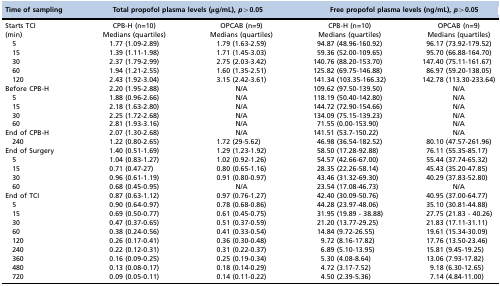
<table><thead><tr><td><b>Time of sampling</b></td><td colspan="2"><b>Total propofol plasma levels (μg/mL), <i>p</i>&gt;0.05</b></td><td colspan="2"><b>Free propofol plasma levels (ng/mL), <i>p</i>&gt;0.05</b></td></tr></thead><tbody><tr><td>Starts TCI</td><td>CPB-H (n=10)</td><td>OPCAB (n=9)</td><td>CPB-H (n=10)</td><td>OPCAB (n=9)</td></tr><tr><td>(min)</td><td>Medians (quartiles)</td><td>Medians (quartiles)</td><td>Medians (quartiles)</td><td>Medians (quartiles)</td></tr><tr><td> 5</td><td>1.77 (1.09-2.89)</td><td>1.79 (1.63-2.59)</td><td>94.87 (48.96-160.92)</td><td>96.17 (73.92-179.52)</td></tr><tr><td> 15</td><td>1.39 (1.11-1.98)</td><td>1.71 (1.45-3.03)</td><td>59.36 (52.00-109.65)</td><td>95.70 (66.88-164.70)</td></tr><tr><td> 30</td><td>2.37 (1.79-2.99)</td><td>2.75 (2.03-3.42)</td><td>140.76 (88.20-153.70)</td><td>147.40 (75.11-161.67)</td></tr><tr><td> 60</td><td>1.94 (1.21-2.55)</td><td>1.60 (1.35-2.51)</td><td>125.82 (69.75-146.88)</td><td>86.97 (59.20-138.05)</td></tr><tr><td> 120</td><td>2.43 (1.92-3.04)</td><td>3.15 (2.42-3.61)</td><td>141.34 (103.35-166.32)</td><td>142.78 (113.30-233.64)</td></tr><tr><td>Before CPB-H</td><td>2.20 (1.95-2.88)</td><td>N/A</td><td>109.62 (97.50-139.50)</td><td>N/A</td></tr><tr><td> 5</td><td>1.88 (0.96-2.66)</td><td>N/A</td><td>118.19 (50.40-142.80)</td><td>N/A</td></tr><tr><td> 15</td><td>2.18 (1.63-2.80)</td><td>N/A</td><td>144.72 (72.90-154.66)</td><td>N/A</td></tr><tr><td> 30</td><td>2.25 (1.72-2.68)</td><td>N/A</td><td>134.09 (75.15-139.23)</td><td>N/A</td></tr><tr><td> 60</td><td>2.81 (1.93-3.16)</td><td>N/A</td><td>71.55 (0.00-153.90)</td><td>N/A</td></tr><tr><td>End of CPB-H</td><td>2.07 (1.30-2.68)</td><td>N/A</td><td>141.51 (53.7-150.22)</td><td>N/A</td></tr><tr><td> 240</td><td>1.22 (0.80-2.65)</td><td>1.72 (29-5.62)</td><td>46.98 (36.54-182.52)</td><td>80.10 (47.57-261.96)</td></tr><tr><td>End of Surgery</td><td>1.40 (0.51-1.69)</td><td>1.29 (1.23-1.92)</td><td>58.50 (17.28-92.88)</td><td>76.11 (55.35-85.17)</td></tr><tr><td> 5</td><td>1.04 (0.83-1.27)</td><td>1.02 (0.92-1.26)</td><td>54.57 (42.66-67.00)</td><td>55.44 (37.74-65.32)</td></tr><tr><td> 15</td><td>0.71 (0.47-27)</td><td>0.80 (0.65-1.16)</td><td>28.35 (22.26-58.14)</td><td>45.43 (35.20-47.85)</td></tr><tr><td> 30</td><td>0.96 (0.61-1.19)</td><td>0.91 (0.80-0.97)</td><td>43.46 (31.32-69.30)</td><td>40.29 (37.83-52.80)</td></tr><tr><td> 60</td><td>0.68 (0.45-0.95)</td><td>N/A</td><td>23.54 (17.08-46.73)</td><td>N/A</td></tr><tr><td>End of TCI</td><td>0.87 (0.63-1.12)</td><td>0.97 (0.76-1.27)</td><td>42.40 (30.09-50.76)</td><td>40.95 (37.00-64.77)</td></tr><tr><td> 5</td><td>0.90 (0.64-0.97)</td><td>0.78 (0.68-0.86)</td><td>44.28 (23.97-48.06)</td><td>35.10 (30.81-44.88)</td></tr><tr><td> 15</td><td>0.69 (0.50-0.77)</td><td>0.61 (0.45-0.75)</td><td>31.95 (19.89 - 38.88)</td><td>27.75 (21.83 - 40.26)</td></tr><tr><td> 30</td><td>0.47 (0.37-0.65)</td><td>0.51 (0.37-0.59)</td><td>21.20 (13.77-29.25)</td><td>21.83 (17.11-31.11)</td></tr><tr><td> 60</td><td>0.38 (0.24-0.56)</td><td>0.41 (0.33-0.54)</td><td>14.84 (9.72-26.55)</td><td>19.61 (15.34-30.09)</td></tr><tr><td> 120</td><td>0.26 (0.17-0.41)</td><td>0.36 (0.30-0.48)</td><td>9.72 (8.16-17.82)</td><td>17.76 (13.50-23.46)</td></tr><tr><td> 240</td><td>0.22 (0.12-0.31)</td><td>0.31 (0.22-0.37)</td><td>6.89 (5.10-13.95)</td><td>15.81 (9.45-19.25)</td></tr><tr><td> 360</td><td>0.16 (0.09-0.25)</td><td>0.25 (0.19-0.34)</td><td>5.30 (4.08-8.64)</td><td>13.06 (7.93-17.82)</td></tr><tr><td> 480</td><td>0.13 (0.08-0.17)</td><td>0.18 (0.14-0.29)</td><td>4.72 (3.17-7.52)</td><td>9.18 (6.30-12.65)</td></tr><tr><td> 720</td><td>0.09 (0.05-0.11)</td><td>0.14 (0.11-0.22)</td><td>4.50 (2.39-5.36)</td><td>7.14 (4.84-11.00)</td></tr></tbody></table>